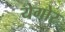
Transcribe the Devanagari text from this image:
येगोर